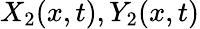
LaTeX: X_{2}(x,t),Y_{2}(x,t)